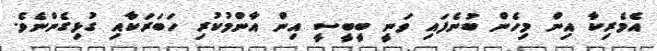
އެމެރިކާ އިން މިހެން ބުނެފައި ވަނީ ބީބީސީ އިން އާންމުކުރި ހަބަރަކާއި ގުޅިގެންނެވެ.